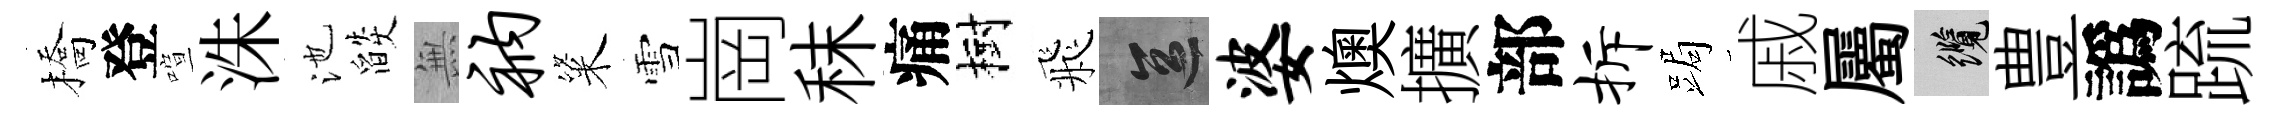
橋登喧洙池燄𭴾衲粢雪崗秣痛樹飛區婆燠擴部拆跼戚屬纜豊譌䟽